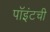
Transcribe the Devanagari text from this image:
पॉइंटची